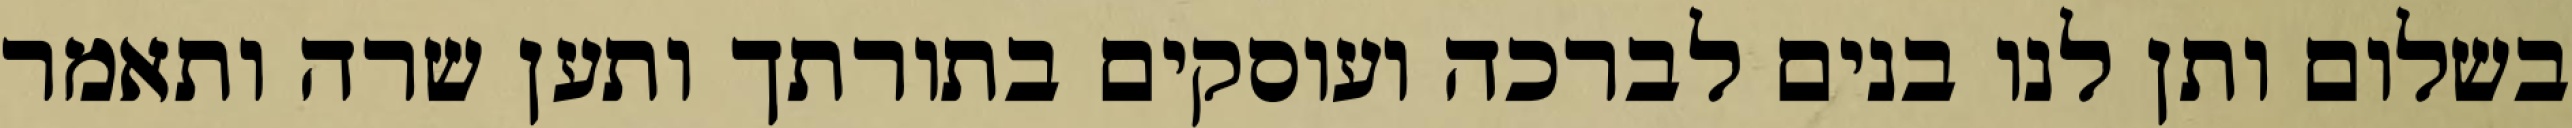
בשלום ותן לנו בנים לברכה ועוסקים בתורתך ותען שרה ותאמר